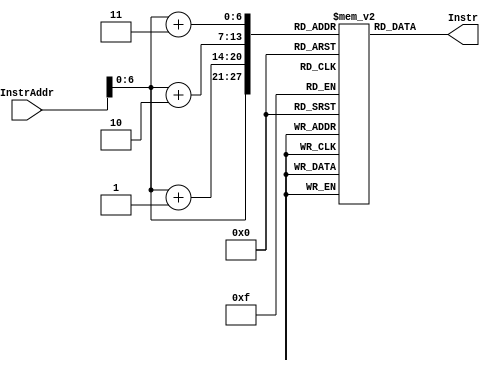
/*
 *	Template for Project 2 Part 3
 *	Copyright (C) 2021  Lee Kai Xuan or any person belong ESSLab.
 *	All Right Reserved.
 *
 *	This program is free software: you can redistribute it and/or modify
 *	it under the terms of the GNU General Public License as published by
 *	the Free Software Foundation, either version 3 of the License, or
 *	(at your option) any later version.
 *
 *	This program is distributed in the hope that it will be useful,
 *	but WITHOUT ANY WARRANTY; without even the implied warranty of
 *	MERCHANTABILITY or FITNESS FOR A PARTICULAR PURPOSE.  See the
 *	GNU General Public License for more details.
 *
 *	You should have received a copy of the GNU General Public License
 *	along with this program.  If not, see <https://www.gnu.org/licenses/>.
 *
 *	This file is for people who have taken the cource (1092 Computer
 *	Organizarion) to use.
 *	We (ESSLab) are not responsible for any illegal use.
 *
 */
 
/*
 * Macro of size declaration of instruction memory
 * CAUTION: DONT MODIFY THE NAME AND VALUE.
 */
`define INSTR_MEM_SIZE	128	// Bytes

/*
 * Declaration of Instruction Memory for this project.
 * CAUTION: DONT MODIFY THE NAME.
 */
module IM(
	// Outputs
output [31:0]Instr,
	// Inputs
input [31:0]InstrAddr
);
	/* 
	 * Declaration of instruction memory.
	 * CAUTION: DONT MODIFY THE NAME AND SIZE.
	 */
	reg [7:0]InstrMem[0:`INSTR_MEM_SIZE - 1];
	assign Instr[31:24] = InstrMem[InstrAddr];
	assign Instr[23:16] = InstrMem[InstrAddr+1];
	assign Instr[15:8] = InstrMem[InstrAddr+2];
	assign Instr[7:0] = InstrMem[InstrAddr+3];
endmodule